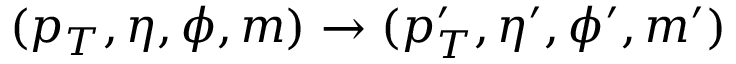
( p _ { T } , \eta , \phi , m ) \rightarrow ( p _ { T } ^ { \prime } , \eta ^ { \prime } , \phi ^ { \prime } , m ^ { \prime } )